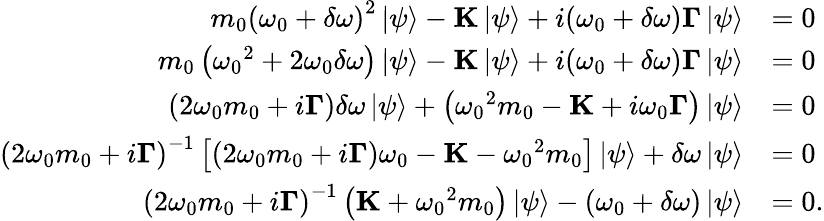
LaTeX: \begin{array}{rl}{{m_{0}\left({{\omega_{0}}+\delta\omega}\right)^{2}}\left|\psi\right\rangle-\mathbf K\left|\psi\right\rangle+i({\omega_{0}}+\delta\omega)\mathbf\Gamma\left|\psi\right\rangle}&{=0}\\ {m_{0}\left({{\omega_{0}}^{2}+2{\omega_{0}}\delta\omega}\right)\left|\psi\right\rangle-\mathbf K\left|\psi\right\rangle+i({\omega_{0}}+\delta\omega)\mathbf\Gamma\left|\psi\right\rangle}&{=0}\\ {\left({2{\omega_{0}}m_{0}+i{\mathbf{\Gamma}}}\right)\delta\omega\left|\psi\right\rangle+\left({{\omega_{0}}^{2}m_{0}-{\mathbf{K}}+i{\omega_{0}}{\mathbf{\Gamma}}}\right)\left|\psi\right\rangle}&{=0}\\ {{\left({2{\omega_{0}}m_{0}+i{\mathbf{\Gamma}}}\right)^{-1}}\left[{\left({2{\omega_{0}}{m_{0}}+i{\mathbf{\Gamma}}}\right){\omega_{0}}-{\mathbf{K}}-{\omega_{0}}^{2}{m_{0}}}\right]\left|\psi\right\rangle+\delta\omega\left|\psi\right\rangle}&{=0}\\ {{\left({2{\omega_{0}}m_{0}+i{\mathbf{\Gamma}}}\right)^{-1}}\left({{\mathbf{K}}+{\omega_{0}}^{2}m_{0}}\right)\left|\psi\right\rangle-(\omega_{0}+\delta\omega)\left|\psi\right\rangle}&{=0.}\end{array}